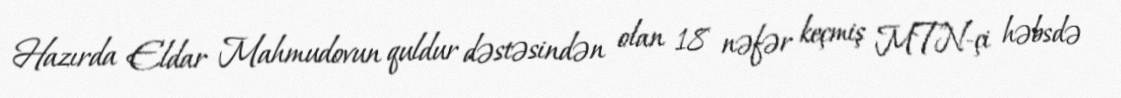
Hazırda Eldar Mahmudovun quldur dəstəsindən olan 18 nəfər keçmiş MTN-çi həbsdə